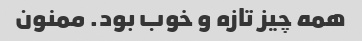
همه چیز تازه و خوب بود. ممنون